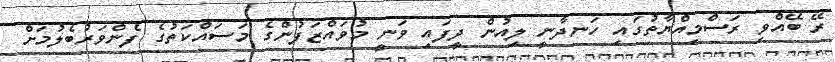
ރޭ ބޭއްވި ރަސްމިއްޔާތުގައި ހަނދާނީ ލިއުން ދީފައި ވަނީ މުވައްޒަފުންގެ މަސައްކަތުގެ ފެންވަރުބެލުމަށް